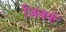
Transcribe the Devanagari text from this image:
जिनकें